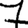
Digit: 7